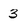
Character: 3